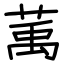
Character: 萭